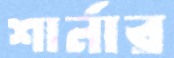
শার্নার